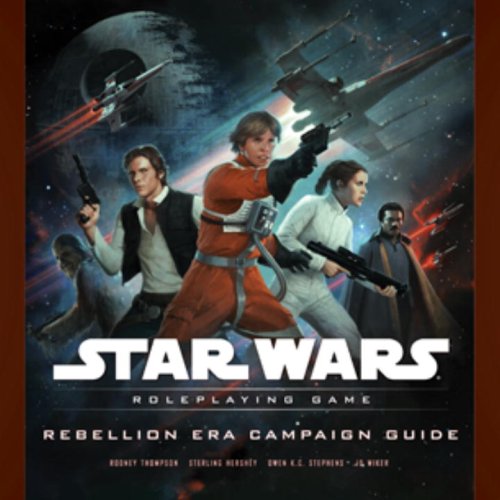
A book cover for Rebellion Era Campaign Guide (Star Wars Roleplaying Game); Rodney Thompson; Science Fiction & Fantasy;